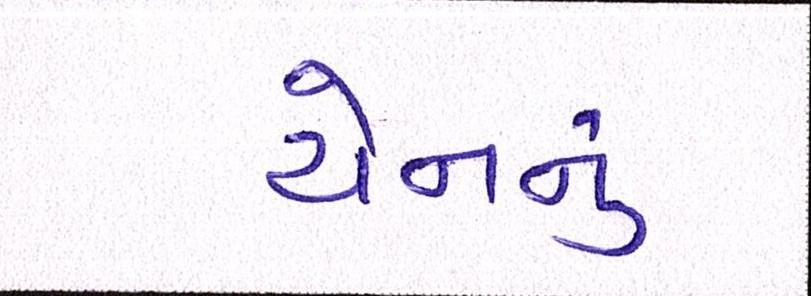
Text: યેનનું